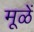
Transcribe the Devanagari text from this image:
मूळें